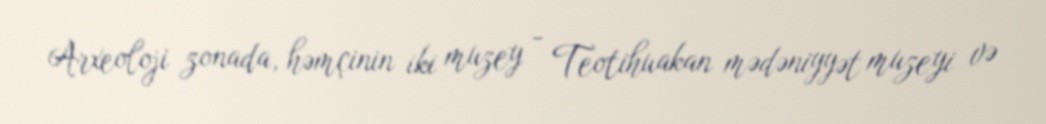
Arxeoloji zonada, həmçinin iki muzey - Teotihuakan mədəniyyət muzeyi və